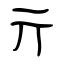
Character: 亓